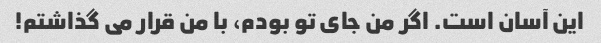
این آسان است. اگر من جای تو بودم، با من قرار می گذاشتم!